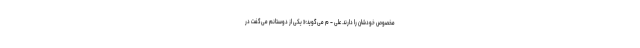
مخصوص خودشان را دارند. علی – م می‌گوید:« یکی از دوستانم می‌گفت در